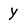
Character: y